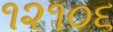
૧૨૧૦૬